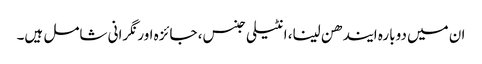
ان میں دوبارہ ایندھن لینا، انٹیلی جنس، جائزہ اور نگرانی شامل ہیں۔